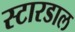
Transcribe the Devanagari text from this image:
स्टारडाल